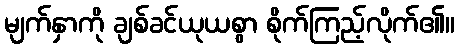
မျက်နှာကို ချစ်ခင်ယုယစွာ စိုက်ကြည့်လိုက်၏။